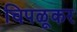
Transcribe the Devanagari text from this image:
चिपळूकर